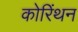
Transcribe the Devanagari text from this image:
कोरिंथन